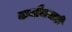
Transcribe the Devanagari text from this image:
कनौजचाही